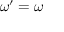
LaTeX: \omega ^ { \prime } = \omega